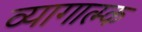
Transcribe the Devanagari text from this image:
व्यागात्म्क